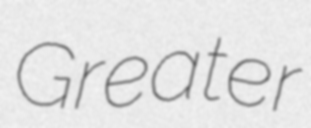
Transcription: Greater